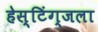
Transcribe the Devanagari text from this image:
हेस्टिंग्जला